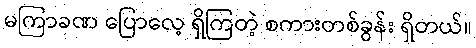
မကြာခဏ ပြောလေ့ ရှိကြတဲ့ စကားတစ်ခွန်း ရှိတယ်။